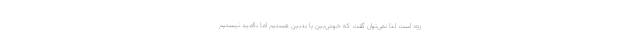
زود است لذا نمی‌توان گفت که خوش‌بین یا بدبین هستیم اما ناامید نیستیم